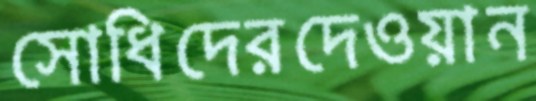
সোধিদেরদেওয়ান